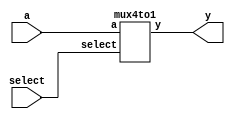
module hw3_2 (input [3:0] a, input [1:0] select, output y);
	
	mux4to1 mux(a, select, y);
		
endmodule

//
module mux4to1 (

	input [3:0] a,
	input [1:0] select,
	output reg y);
	
	always@(a or select)	
		begin
			case(select)				
				2'b00 : y = a[0];
				2'b01 : y = a[1];
				2'b10 : y = a[2];
				2'b11 : y = a[3];
			endcase
		end
endmodule